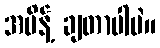
အမိန့် ချတာပါပဲ။